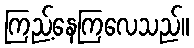
ကြည့်နေကြလေသည်။